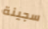
سجينة